Lunatic asylums Burma 1907-21 - 1907-1921
Year: 1907
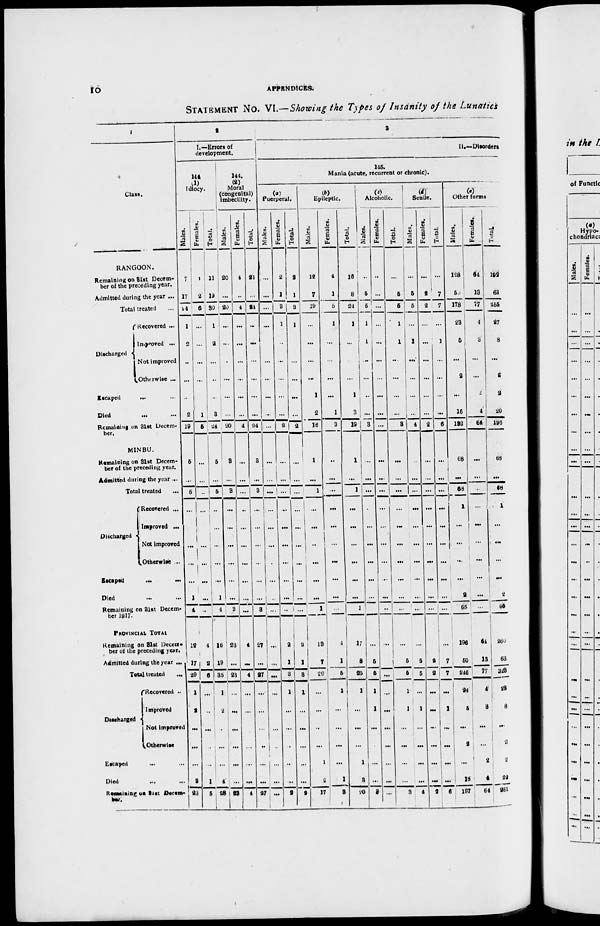
10
APPENDICES.
STATEMENT No. VI.—Showing the Types of Insanity of the Lunatics
1
Class.
RANGOON.
Remaining on 31st Decem-
ber of the preceding year.
Admitted during the year ...
Total treated ...
Discharged
Recovered ...
Improved ...
Not improved
Otherwise ...
Escaped ... ...
Died ... ...
Remaining on 31st Decem-
ber.
MINBU.
Remaining on 31st Decem-
ber of the preceding year.
Admitted during the year ...
Total treated ...
Discharged
Recovered ...
Improved ...
Not improved
Otherwise ...
Escaped
...
...
Died ... ...
Remaining on 31st Decem-
ber 1917.
PROVINCIAL TOTAL
Remaining on 31st Decem-
ber of the preceding year.
Admitted during the year ...
Total treated
...
Discharged
Recovered ...
Improved
Not improved
Otherwise
Escaped ... ...
Died ... ...
Remaining on 31st Decem-
ber.
2
I.—Errors of
development.
144
(1)
Idiocy.
Males.
7
17
24
1
2
...
...
...
2
19
5
...
5
...
...
...
...
...
1
4
12
17
29
1
2
...
...
...
3
23
Females.
4
2
6
...
...
...
...
...
1
5
...
...
...
...
...
...
...
...
...
...
4
2
6
...
...
...
...
...
1
5
Total.
11
19
30
1
2
...
...
...
3
24
5
...
5
...
...
...
...
...
1
4
16
19
35
1
2
...
...
...
4
28
144.
(2)
Moral
(congenital)
imbecility.
Males.
20
...
20
...
...
...
...
...
...
20
3
...
3
...
...
...
...
...
. . .
3
23
...
23
1
...
...
...
...
...
23
Females.
4
...
4
...
...
...
...
...
...
4
...
...
...
...
...
...
...
...
...
...
4
...
4
...
...
...
...
...
...
4
Total.
24
...
24
...
...
...
...
...
...
24
3
...
3
...
...
...
...
...
...
3
27
...
27
...
...
...
...
...
...
27
3
II.—Disorders
145.
Mania (acute, recurrent or chronic).
(a)
Puerperal.
Males.
...
...
...
...
...
...
...
...
...
...
...
...
...
...
...
...
...
...
...
...
...
...
...
...
...
...
...
...
...
...
Females.
2
1
3
1
...
...
...
...
...
2
...
...
...
...
...
...
...
...
...
...
2
1
3
1
...
...
...
...
...
2
Total.
2
1
3
1
...
...
...
...
...
2
...
...
...
...
...
...
...
...
...
...
2
1
3
1
...
...
...
...
...
2
(b)
Epileptic.
Males.
12
7
19
...
...
...
...
1
2
16
1
...
1
...
...
...
...
...
...
1
13
7
20
...
...
...
...
1
2
17
Females.
4
1
5
1
...
...
...
...
1
3
...
...
...
...
...
...
...
...
...
...
4
1
5
1
...
...
...
...
1
3
Total.
16
8
24
1
...
...
...
1
3
19
1
...
1
...
...
...
...
...
...
1
17
8
25
1
...
...
...
1
3
20
(c)
Alcoholic.
Males.
...
5
5
1
1
...
...
...
...
3
...
...
...
...
...
...
...
...
...
...
...
5
5
1
1
...
...
...
...
3
Females.
...
...
...
...
...
...
...
...
...
...
...
...
...
...
...
...
...
...
...
...
...
...
...
...
...
...
...
...
...
...
Total.
...
5
5
1
1
...
...
...
...
3
...
...
...
...
...
...
...
...
...
...
...
5
5
1
1
...
...
...
...
3
(d)
Senile.
Males.
...
5
5
...
1
...
...
...
...
4
...
...
...
...
...
...
...
...
...
...
...
5
5
...
1
...
...
...
...
4
Females.
...
2
2
...
...
...
...
...
...
2
...
...
...
...
...
...
...
...
...
...
...
2
2
...
...
...
...
...
...
2
Total.
...
7
7
...
1
...
...
...
...
6
...
...
...
...
...
...
...
...
...
...
...
7
7
...
1
...
...
...
...
6
(e)
Other forms.
Males.
128
50
178
23
5
...
2
...
16
132
68
...
68
1
...
...
...
...
2
65
196
50
246
24
5
...
2
...
18
197
Females.
64
18
77
4
3
...
...
2
4
64
...
...
...
...
...
...
...
...
...
...
64
13
77
4
3
...
...
2
4
64
Total.
192
68
255
27
8
...
2
2
20
196
68
...
68
1
...
...
...
...
2
65
260
63
323
28
8
...
2
2
22
261